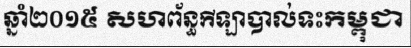
ឆ្នាំ២០១៥ សហព័ន្ធកីឡាបាល់ទះកម្ពុជា